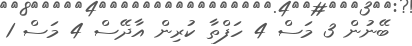
ބޭނުން 3 މަސް 4 ހަފްތާ ކުރިން އާދޭސް 4 މަސް 1